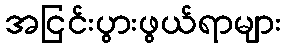
အငြင်းပွားဖွယ်ရာများ